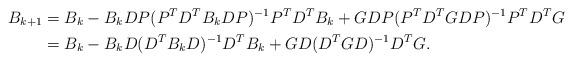
LaTeX: \begin{align*}B_{k+1} &= B_k - B_kDP(P^TD^TB_kDP)^{-1}P^TD^TB_k + G DP(P^TD^TGDP)^{-1}P^TD^TG \\&= B_k - B_kD(D^TB_kD)^{-1}D^TB_k + G D(D^TGD)^{-1}D^TG.\end{align*}